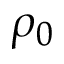
\rho _ { 0 }